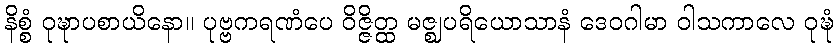
နိစ္စံ ဝုဍ္ဎာပစာယိနော။ ပုဗ္ဗကရဏံပေ ဝိဇ္ဇိတ္ထ မဇ္ဈပရိယောသာနံ ဒေဝဂါမာ ဝါသကာလေ ဝုဍ္ဎံ